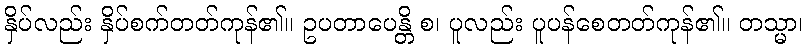
နှိပ်လည်း နှိပ်စက်တတ်ကုန်၏။ ဥပတာပေန္တိ စ၊ ပူလည်း ပူပန်စေတတ်ကုန်၏။ တသ္မာ၊